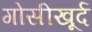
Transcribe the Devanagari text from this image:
गोसीखूर्द